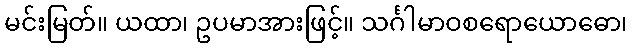
မင်းမြတ်။ ယထာ၊ ဥပမာအားဖြင့်။ သင်္ဂါမာဝစရောယောဓော၊